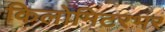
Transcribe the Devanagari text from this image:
किलोमिटरभर